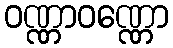
ဝဏ္ဏာဝဏ္ဏော